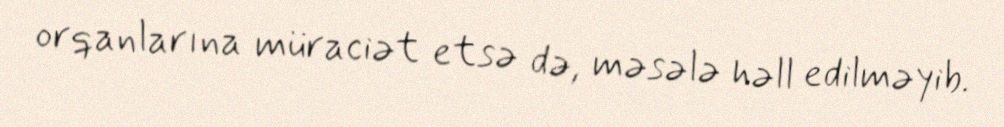
orqanlarına müraciət etsə də, məsələ həll edilməyib.